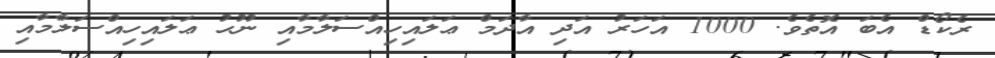
ރެކޯޑް އެބަ އޮތެވެ. 1000 އަހަރު އަދި އާދަމް ޢަލައިހިއްސަލާމާއި ނޫޙު ޢަލައިހިއްސަލާމާއި